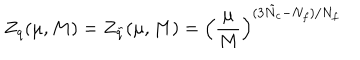
LaTeX: Z _ { q } ( \mu , M ) = Z _ { \tilde { q } } ( \mu , M ) = \left( \frac { \mu } { M } \right) ^ { ( 3 \tilde { N } _ { c } - N _ { f } ) / N _ { f } }